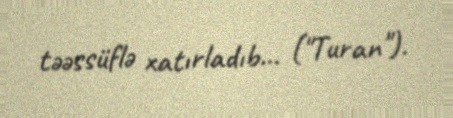
təəssüflə xatırladıb... ("Turan").